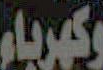
وكهرباء